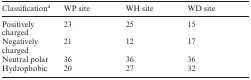
<table><thead><tr><td><b>Classification<sup>a</sup></b></td><td><b>WP site</b></td><td><b>WH site</b></td><td><b>WD site</b></td></tr></thead><tbody><tr><td>Positively charged</td><td>23</td><td>25</td><td>15</td></tr><tr><td>Negatively charged</td><td>21</td><td>12</td><td>17</td></tr><tr><td>Neutral polar</td><td>36</td><td>36</td><td>36</td></tr><tr><td>Hydrophobic</td><td>20</td><td>27</td><td>32</td></tr></tbody></table>